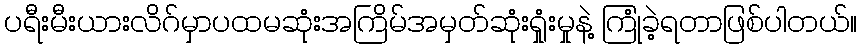
ပရီးမီးယားလိဂ်မှာပထမဆုံးအကြိမ်အမှတ်ဆုံးရှုံးမှုနဲ့ ကြုံခဲ့ရတာဖြစ်ပါတယ်။